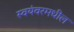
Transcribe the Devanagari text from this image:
स्वयंवरमधील